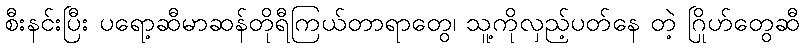
စီးနင်းပြီး ပရော့ဆီမာဆန်တိုရီကြယ်တာရာတွေ၊ သူ့ကိုလှည့်ပတ်နေ တဲ့ ဂြိုဟ်တွေဆီ